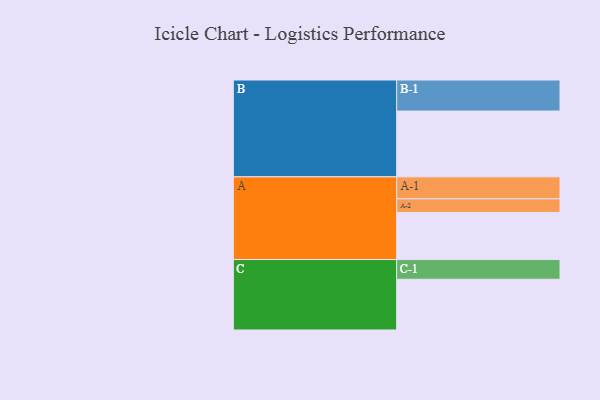
{"axis": {"x": "Segment", "y": "Value"}, "legend": ["", "A", "B", "C"], "data": [{"x": "A", "y": 428, "type": ""}, {"x": "B", "y": 598, "type": ""}, {"x": "C", "y": 461, "type": ""}, {"x": "A-1", "y": 200, "type": "A"}, {"x": "A-2", "y": 123, "type": "A"}, {"x": "B-1", "y": 282, "type": "B"}, {"x": "C-1", "y": 179, "type": "C"}]}